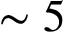
\sim 5